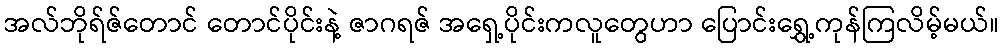
အလ်ဘိုရ်ဇ်တောင် တောင်ပိုင်းနဲ့ ဇာဂရဇ် အရှေ့ပိုင်းကလူတွေဟာ ပြောင်းရွှေ့ကုန်ကြလိမ့်မယ်။